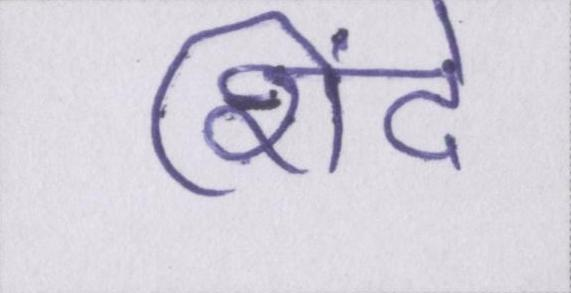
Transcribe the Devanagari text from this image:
शिंदे